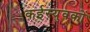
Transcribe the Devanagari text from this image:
कईस्युवकों